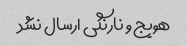
هویج و نارنگی ارسال نشد